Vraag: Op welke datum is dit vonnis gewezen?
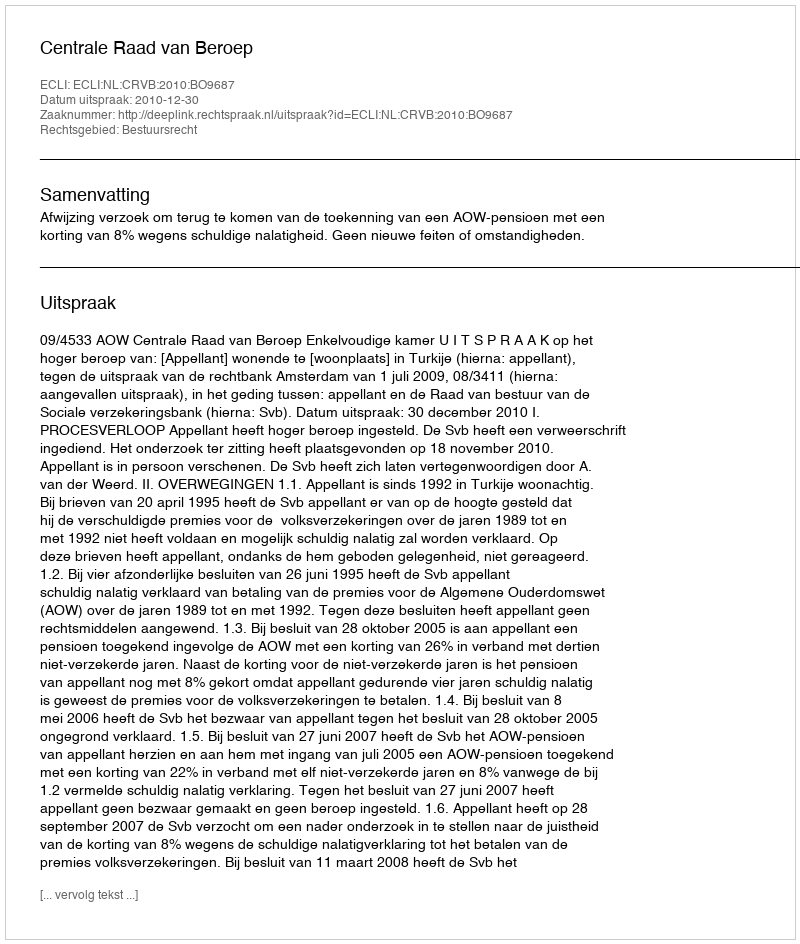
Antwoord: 2010-12-30